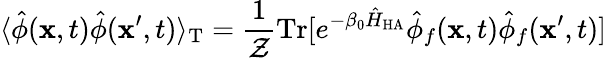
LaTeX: \langle\hat{\phi}({\mathbf x},t)\hat{\phi}({\mathbf x}^{\prime},t)\rangle_{\mathrm{T}}=\frac{1}{{\cal Z}}\mathrm{Tr}[e^{-\beta_{0}\hat{H}_{\mathrm{HA}}}\hat{\phi}_{f}({\mathbf x},t)\hat{\phi}_{f}({\mathbf x}^{\prime},t)]